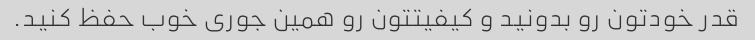
قدر خودتون رو بدونید و کیفیتتون رو همین جوری خوب حفظ کنید.